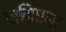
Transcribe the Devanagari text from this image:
समिधान